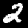
Digit: 2